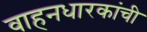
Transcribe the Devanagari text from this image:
वाहनधारकांची